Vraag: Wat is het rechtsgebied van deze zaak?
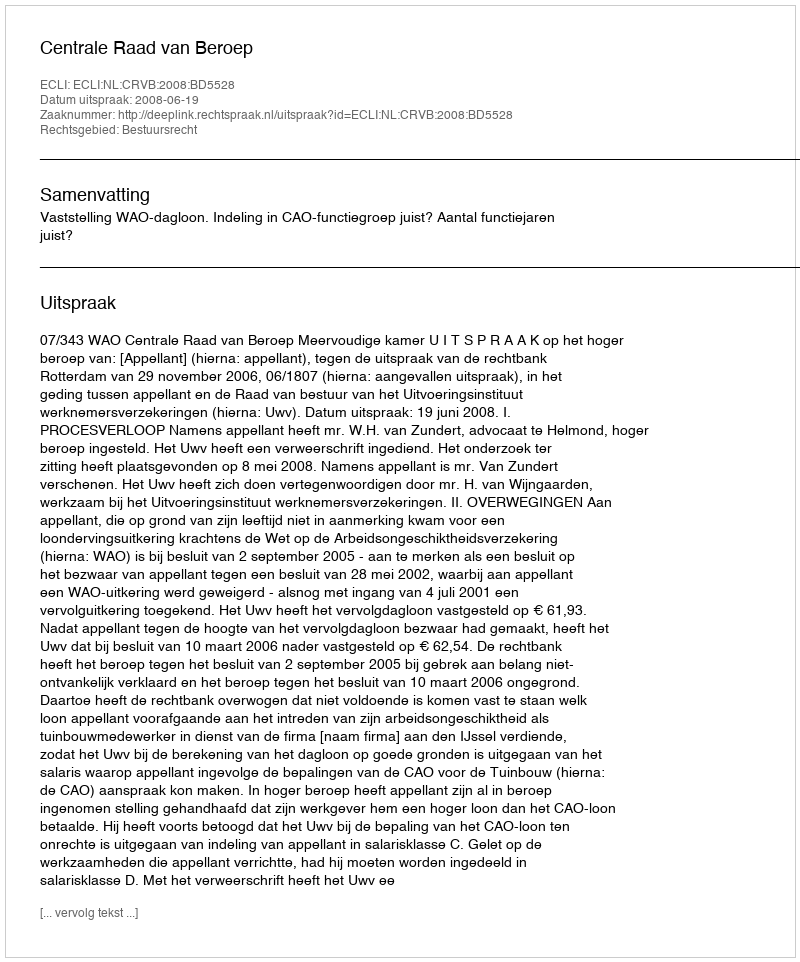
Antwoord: Bestuursrecht